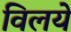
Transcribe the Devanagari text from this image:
विलये